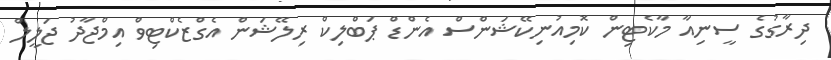
ދިރާގުގެ ސީނިއާ މާކެޓިން ކޮމިއުނިކޭޝަންސް އެންޑް ޕަބްލިކް ރިލޭޝަން އެގްޒެކްޓިވް އިމްޖާދު ޖަލީލް